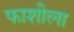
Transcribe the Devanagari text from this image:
फाशीला